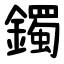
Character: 鐲